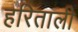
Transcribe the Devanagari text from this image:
हरिताली